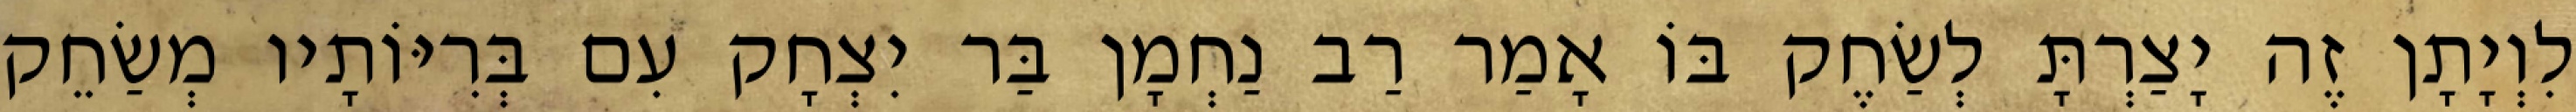
לִוְיָתָן זֶה יָצַרְתָּ לְשַׂחֶק בּוֹ אָמַר רַב נַחְמָן בַּר יִצְחָק עִם בְּרִיּוֹתָיו מְשַׂחֵק